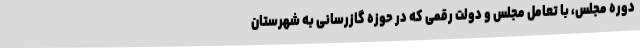
دوره مجلس، با تعامل مجلس و دولت رقمی که در حوزه گازرسانی به شهرستان